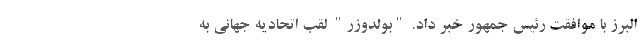
البرز با موافقت رئیس جمهور خبر داد. "بولدوزر" لقب اتحادیه جهانی به